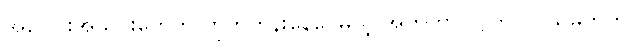
အပေါင်းအသင်းတွေက တိုက်တွန်းနေပေမယ့် အကိုဟာ လွတ်လပ်သူမဟုတ်၊